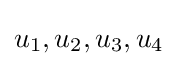
u_{1},u_{2},u_{3},u_{4}